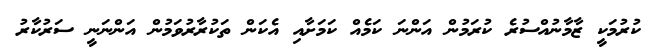
ކުރުމަކީ ޒާމާނުއްސުރެ ކުރަމުން އަންނަ ކަމެއް ކަމަށާއި އެކަން ތަކުރާރުވަމުން އަންނަނީ ސަރުކާރު